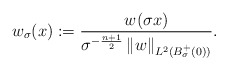
\begin{align*}w_{\sigma}(x) := \frac{w(\sigma x)}{\sigma^{-\frac{n+1}{2}} \left\| w\right\|_{L^2(B_{\sigma}^{+}(0))}}.\end{align*}